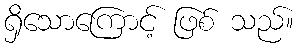
ရှိသောကြောင့် ဖြစ် သည်။